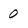
Character: 0